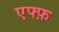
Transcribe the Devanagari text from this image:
एफ्फ़